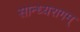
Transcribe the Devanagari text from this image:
सान्ध्यरागम्